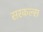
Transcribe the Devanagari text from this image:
सरकल्स